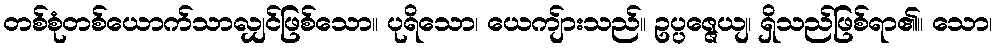
တစ်စုံတစ်ယောက်သာလျှင်ဖြစ်သော။ ပုရိသော၊ ယေကျ်ားသည်။ ဥပ္ပဇ္ဇေယျ၊ ရှိသည်ဖြစ်ရာ၏။ သော၊